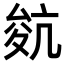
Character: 𡕬